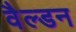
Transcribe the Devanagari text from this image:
वैल्डन